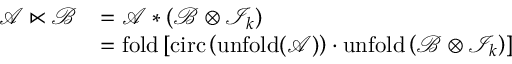
\begin{array} { r l } { \mathcal { A } \ltimes \mathcal { B } } & { = \mathcal { A } \ast \left( \mathcal { B } \otimes \mathcal { I } _ { k } \right) } \\ & { = \mathrm { f o l d } \left[ \mathrm { c i r c } \left( \mathrm { u n f o l d ( \mathcal { A } ) } \right) \cdot \mathrm { u n f o l d } \left( \mathcal { B } \otimes \mathcal { I } _ { k } \right) \right] } \end{array}